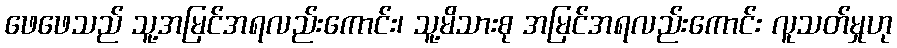
ဖေဖေသည် သူ့အမြင်အရလည်းကောင်း၊ သူ့မိသားစု အမြင်အရလည်းကောင်း လူသတ်မှုဟု